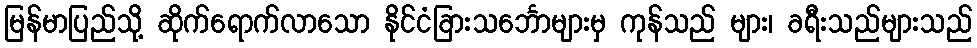
မြန်မာပြည်သို့ ဆိုက်ရောက်လာသော နိုင်ငံခြားသင်္ဘောများမှ ကုန်သည် များ၊ ခရီးသည်များသည်